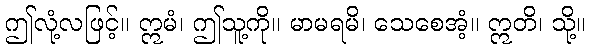
ဤလုံ့လဖြင့်။ ဣမံ၊ ဤသူ့ကို။ မာမရမိ၊ သေစေအံ့။ ဣတိ၊ သို့။